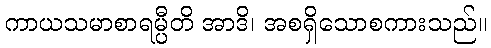
ကာယသမာစာရမ္ပီတိ အာဒိ၊ အစရှိသောစကားသည်။